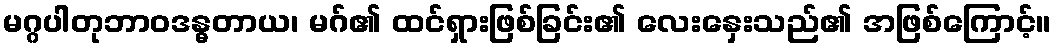
မဂ္ဂပါတုဘာဝဒန္ဓတာယ၊ မဂ်၏ ထင်ရှားဖြစ်ခြင်း၏ လေးနှေးသည်၏ အဖြစ်ကြောင့်။